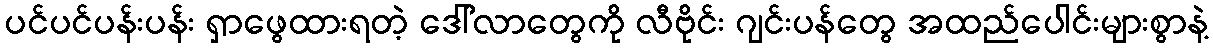
ပင်ပင်ပန်းပန်း ရှာဖွေထားရတဲ့ ဒေါ်လာတွေကို လီဗိုင်း ဂျင်းပန်တွေ အထည်ပေါင်းများစွာနဲ့